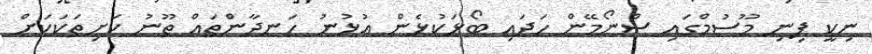
ނިކީ ފިނި މޫސުމްގައި ސްނޯމޭން ހަދައި ބޯޅަކުޅެން އުޅުނު ހަނދާންތައް ތޫނު ކަށިތަކަކަށް